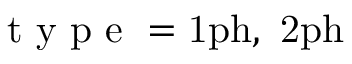
\mathrm { ~ t ~ y ~ p ~ e ~ } = \mathrm { 1 p h } , \ \mathrm { 2 p h }